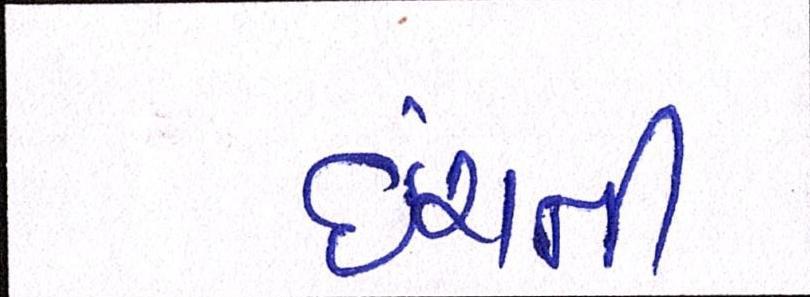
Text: ઇંચની